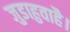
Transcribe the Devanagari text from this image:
जुडाहुवाहै।